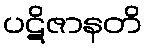
ပဋိဇာနတိ